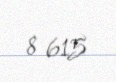
8 615